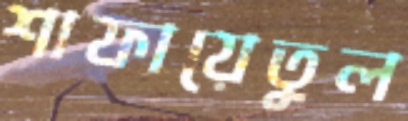
শাফায়েতুল